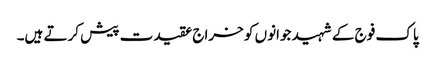
پاک فوج کے شہید جوانوں کو خراج عقیدت پیش کرتے ہیں۔